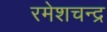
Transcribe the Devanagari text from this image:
रमेशचन्‍द्र